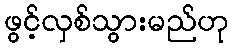
ဖွင့်လှစ်သွားမည်ဟု